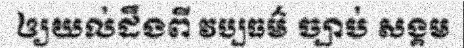
ឲ្យយល់ដឹងពី វប្បធម៌ ច្បាប់ សង្គម